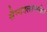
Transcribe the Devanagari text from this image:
सैन्यदलामधील